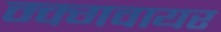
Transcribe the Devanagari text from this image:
म्क्गवायर